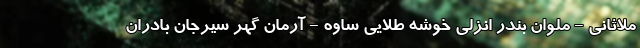
ملاثانی - ملوان بندر انزلی خوشه طلایی ساوه - آرمان گهر سیرجان بادران